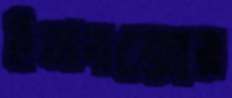
ইনবক্সের